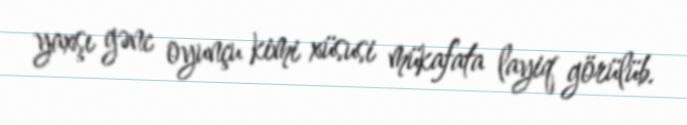
yaxşı gənc oyunçu kimi xüsusi mükafata layiq görülüb.